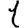
Digit: 1